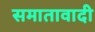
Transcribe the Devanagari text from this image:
समातावादी